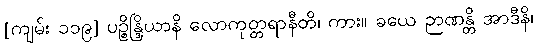
[ကျမ်း ၁၁၉] ပဉ္စိန္ဒြိယာနိ လောကုတ္တရာနီတိ၊ ကား။ ခယေ ဉာဏန္တိ အာဒီနိ၊